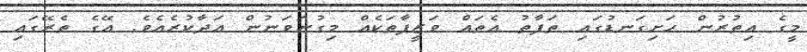
މީގެ އިތުރުން ހަށިގަނޑުގައި ތަފާތު އެތައް ވަޒީފާތަކެއް މިގުނަވަނުން އަދާކުރެއެވެ. އޭގެ ތެރޭގައި